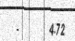
-      4.72